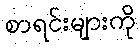
စာရင်းများကို